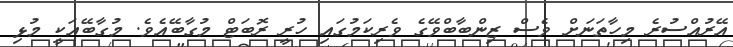
އޭރުއްސުރެ މިހާތަނަށް ވެސް ޒިންބާބްވޭގެ ވެރިކަމުގައި ހުރީ ރޮބަޓް މުގާބޭއެވެ. މުގާބޭއަކީ މުޅި